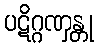
ပဋိဂ္ဂဏှန္တု